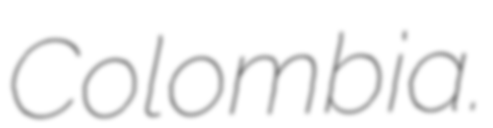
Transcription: Colombia.